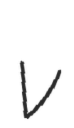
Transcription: v